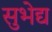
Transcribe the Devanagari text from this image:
सुभेद्य